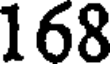
168